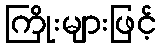
ကြိုးများဖြင့်